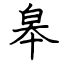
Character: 皋